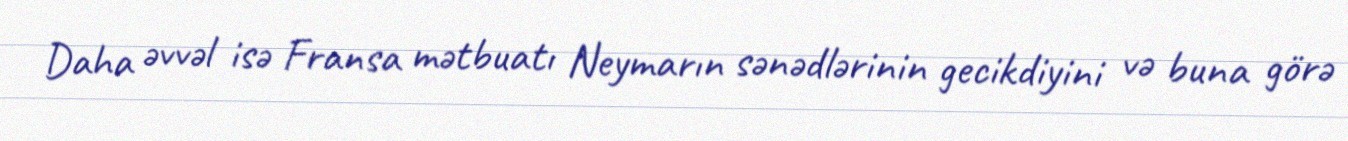
Daha əvvəl isə Fransa mətbuatı Neymarın sənədlərinin gecikdiyini və buna görə